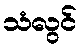
သံလွင်